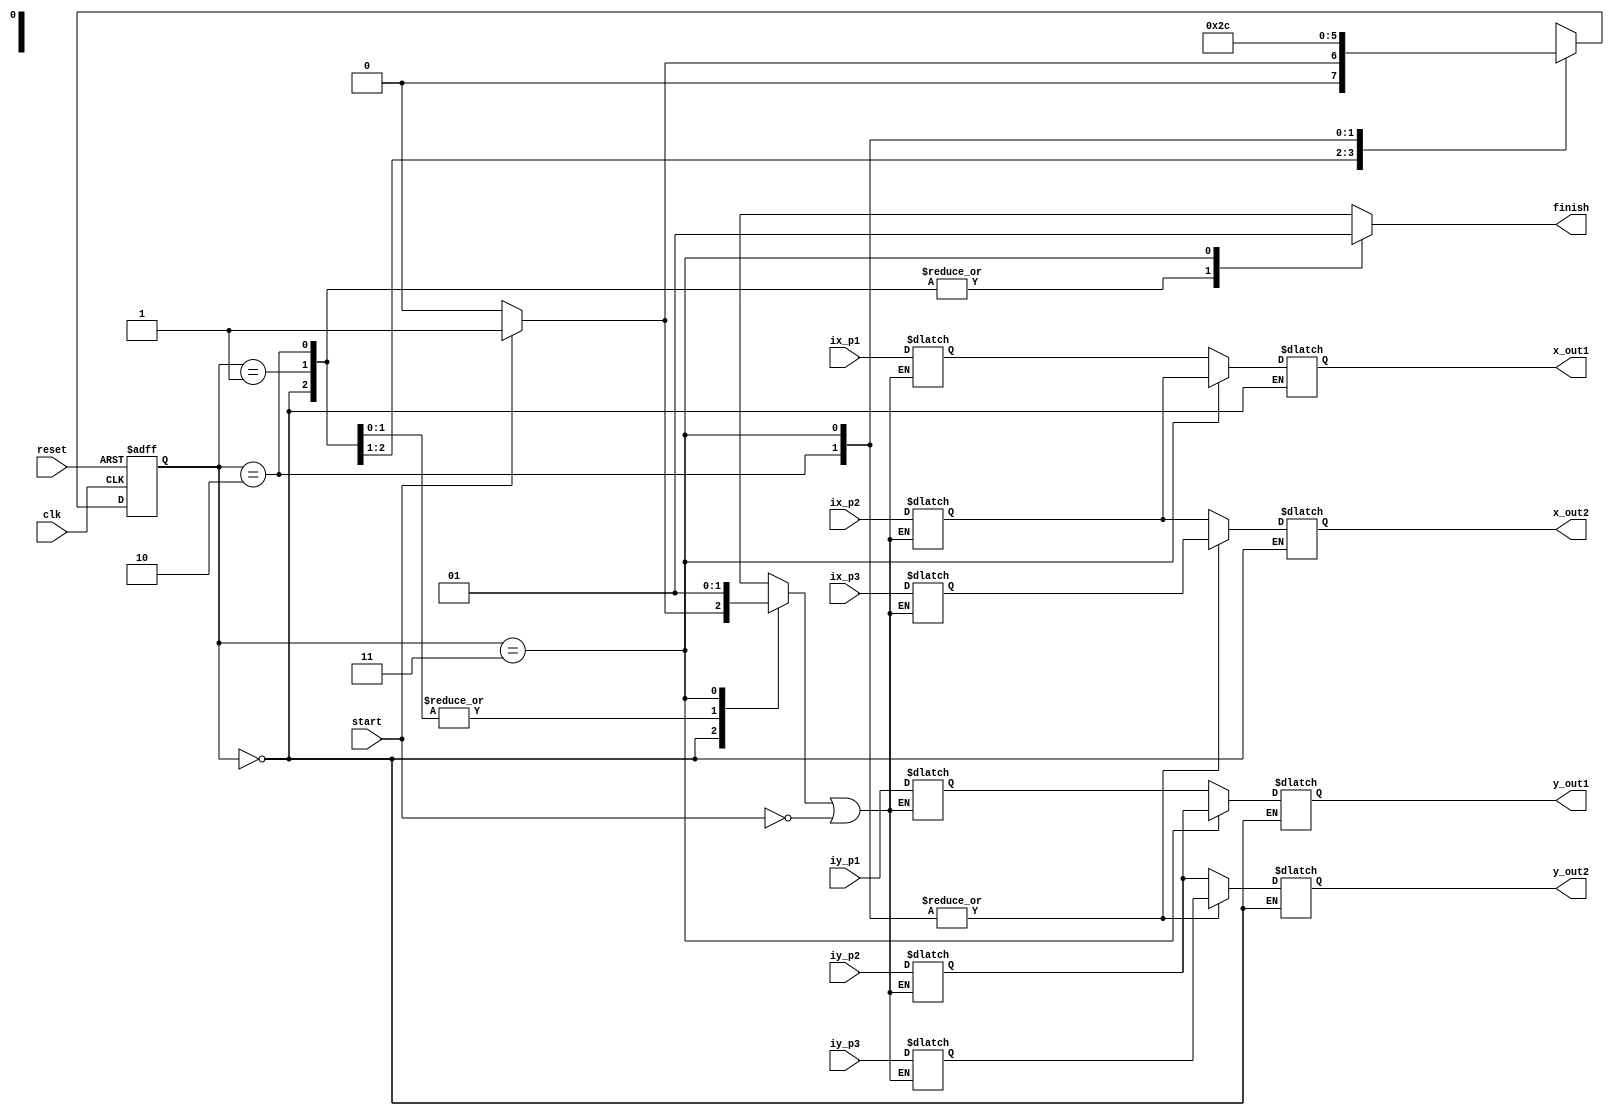
module Triangle_assembely (clk,reset,start,finish,ix_p1,ix_p2,ix_p3,iy_p1,iy_p2,iy_p3,x_out1,x_out2,y_out1,y_out2);
parameter WIDTH=10;

input clk,reset,start;
output reg finish;
output reg [WIDTH-1:0]x_out1,x_out2,y_out1,y_out2;
input [WIDTH-1:0]ix_p1,ix_p2,ix_p3,iy_p1,iy_p2,iy_p3;
reg [WIDTH-1:0]x_p1,x_p2,x_p3,y_p1,y_p2,y_p3;
reg temp;
parameter idel=2'b00,line1=2'b01,line2=2'b10,line3=2'b11;
reg [1:0] state,nextstate;

always@(*)
begin
	if(temp | ~start)
		begin
		x_p1=ix_p1; x_p2=ix_p2; x_p3=ix_p3; y_p1=iy_p1; y_p2=iy_p2; y_p3=iy_p3;
		end
	else 
		begin
		x_p1=x_p1; x_p2=x_p2; x_p3=x_p3; y_p1=y_p1; y_p2=y_p2; y_p3=y_p3;
		end
end
 
always @(posedge clk or posedge reset)
begin
if (reset)
state <= idel;
else
state <= nextstate;
end

always @(state or start )
begin
 nextstate = state;

 finish = 0;
 temp = 1;
case (state)
	idel : 	if (start)
				 begin
				 nextstate = line1;
				 finish = 0;
				 temp = 1 ;
				 end
				else
				 begin
				 nextstate = idel;
				 finish = 0;
				 temp = finish ;
				 end
				 
line1 :     begin
            nextstate = line2;
			   x_out1 = x_p1;y_out1 = y_p1;x_out2 = x_p2;y_out2 = y_p2;
				finish = 0;
				temp = finish ;
		      end
				
line2 :     begin
            nextstate = line3;
			   x_out1 = x_p1;y_out1 = y_p1;x_out2 = x_p3;y_out2 = y_p3;
				finish = 0;
				temp = finish ;
		      end

line3 :     begin
            nextstate = idel;
			   x_out1 = x_p2;y_out1 = y_p2;x_out2 = x_p3;y_out2 = y_p3;
				finish =1;
				temp = finish ;
		      end				
endcase
end
endmodule